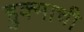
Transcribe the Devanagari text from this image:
हुक्माची